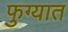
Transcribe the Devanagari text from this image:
फुग्यात